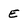
Character: E